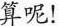
算呢！